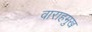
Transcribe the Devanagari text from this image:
वाराहमुख